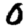
Digit: 0